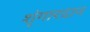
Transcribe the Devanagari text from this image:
शृंगारदान